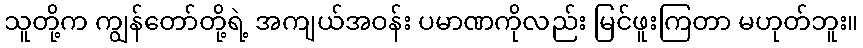
သူတို့က ကျွန်တော်တို့ရဲ့ အကျယ်အဝန်း ပမာဏကိုလည်း မြင်ဖူးကြတာ မဟုတ်ဘူး။